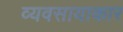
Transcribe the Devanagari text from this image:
व्यवसायाकार